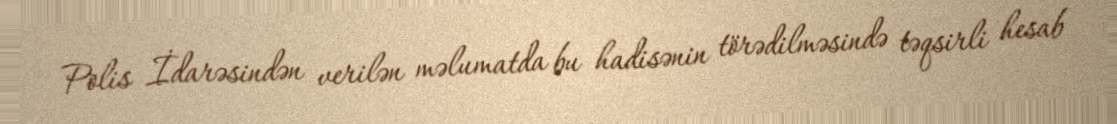
Polis İdarəsindən verilən məlumatda bu hadisənin törədilməsində təqsirli hesab